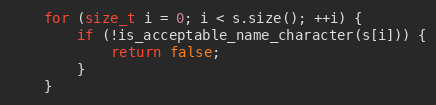
Language: C++
    for (size_t i = 0; i < s.size(); ++i) {
        if (!is_acceptable_name_character(s[i])) {
            return false;
        }
    }